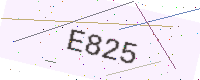
Text: E825